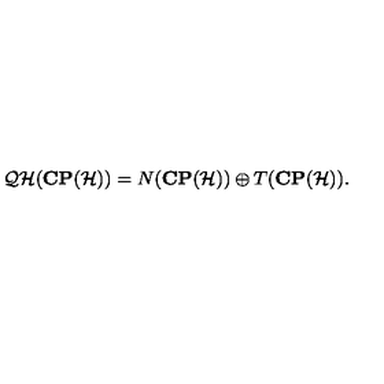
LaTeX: { \cal Q H } ( { \bf C P } ( { \cal H } ) ) = N ( { \bf C P } ( { \cal H } ) ) \oplus T ( { \bf C P } ( { \cal H } ) ) .